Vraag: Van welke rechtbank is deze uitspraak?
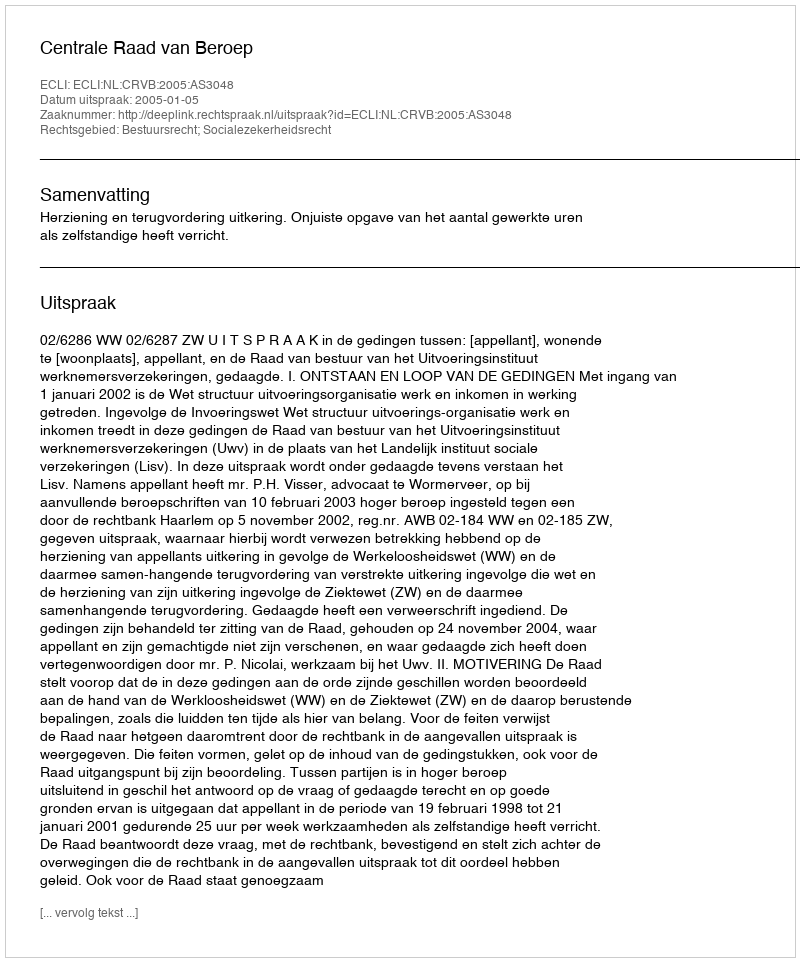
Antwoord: Centrale Raad van Beroep